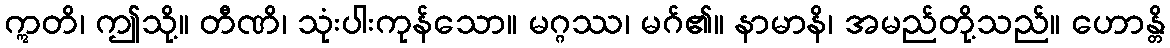
ဣတိ၊ ဤသို့။ တီဏိ၊ သုံးပါးကုန်သော။ မဂ္ဂဿ၊ မဂ်၏။ နာမာနိ၊ အမည်တို့သည်။ ဟောန္တိ